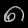
Digit: ၈